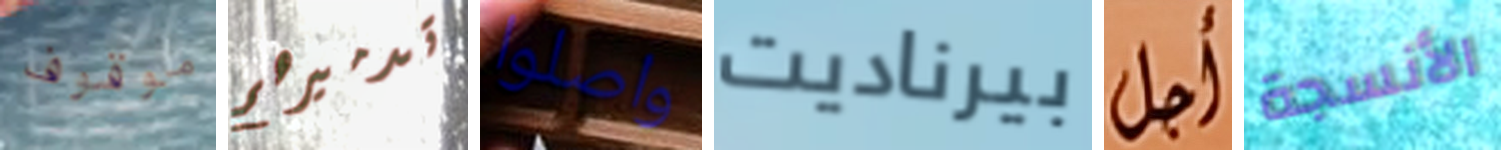
موقوف تدميرهم واصلوا بيرناديت أجل الأنسجة